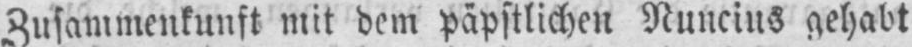
Zusammenkunft mit dem päpstlichen Nuncius gehabt